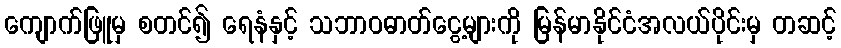
ကျောက်ဖြူမှ စတင်၍ ရေနံနှင့် သဘာဝဓာတ်ငွေ့များကို မြန်မာနိုင်ငံအလယ်ပိုင်းမှ တဆင့်